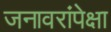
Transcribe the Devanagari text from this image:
जनावरांपेक्षा